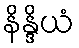
နိန္ဒိယံ